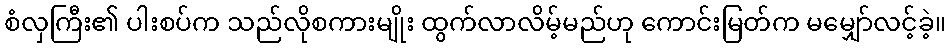
စံလှကြီး၏ ပါးစပ်က သည်လိုစကားမျိုး ထွက်လာလိမ့်မည်ဟု ကောင်းမြတ်က မမျှော်လင့်ခဲ့။